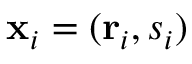
\mathbf { x } _ { i } = ( \mathbf { r } _ { i } , s _ { i } )